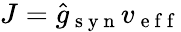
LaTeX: J=\hat{g}_{\mathrm{~s~y~n~}}v_{\mathrm{~e~f~f~}}